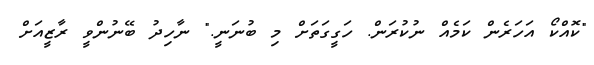
"ކޮއްކޯ އަހަރެން ކަމެއް ނުކުރަން. ހަގީގަތަށް މި ބުނަނީ." ނާހިދު ބޭނުންވީ ރާޒީއަށް